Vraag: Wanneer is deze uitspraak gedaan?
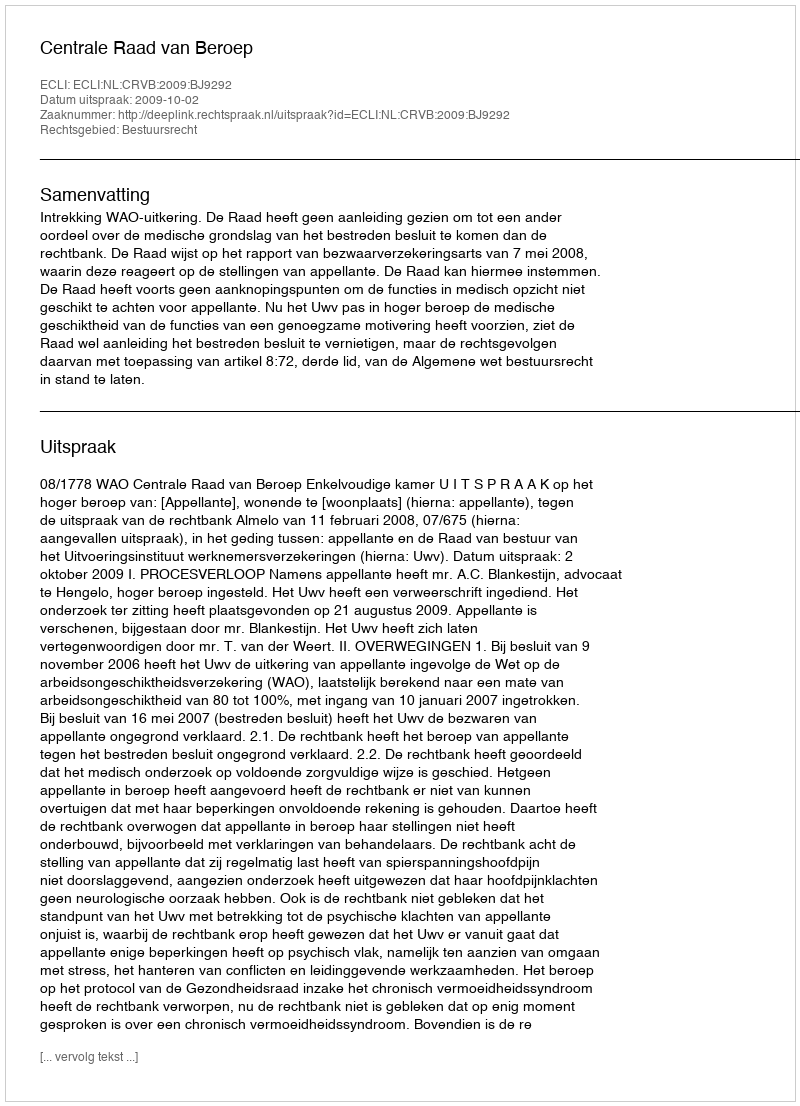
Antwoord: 2009-10-02